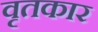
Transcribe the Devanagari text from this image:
वृतकार